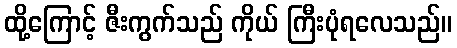
ထို့ကြောင့် ဇီးကွက်သည် ကိုယ် ကြီးပုံရလေသည်။